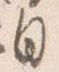
自